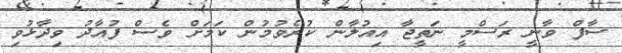
ސާފް ވާނީ ރަސްމީ ނަތީޖާ އިއުލާން ކުރެވުމުން ކަމަށް ވެސް ފުއާދު ވިދާޅުވި